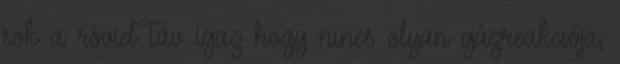
sok a rövid táv igaz hogy nincs olyan gázreakciója,